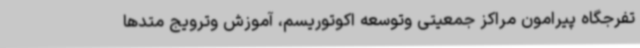
تفرجگاه پیرامون مراکز جمعیتی وتوسعه اکوتوریسم، آموزش وترویج متدها